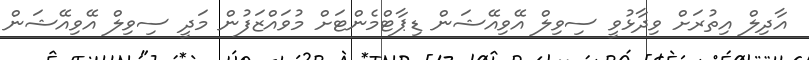
އާދިލް އިތުރަށް ވިދާޅުވީ ސިވިލް އޭވިއޭޝަން ޑިޕާޓްމެންޓަށް މުވައްޒަފުން މަދީ ސިވިލް އޭވިއޭޝަން